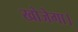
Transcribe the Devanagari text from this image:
खोजेगा।